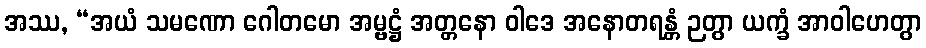
အဿ, “အယံ သမဏော ဂေါတမော အမ္ဗဋ္ဌံ အတ္တနော ဝါဒေ အနောတရန္တံ ဉတွာ ယက္ခံ အာဝါဟေတွာ